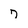
Character: 7